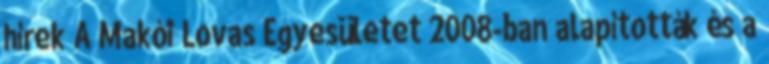
hírek A Makói Lovas Egyesületet 2008-ban alapították és a